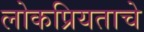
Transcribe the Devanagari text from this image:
लोकप्रियताचे